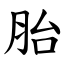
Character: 胎